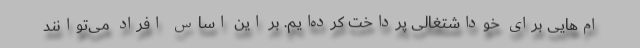
ام‌هایی برای خوداشتغالی پرداخت کرده‌ایم. بر این اساس افراد می‌توانند